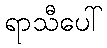
ရာသီပေါ်